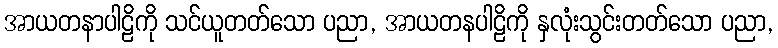
အာယတနာပါဠိကို သင်ယူတတ်သော ပညာ, အာယတနပါဠိကို နှလုံးသွင်းတတ်သော ပညာ,